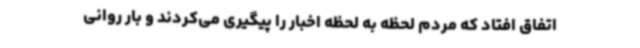
اتفاق افتاد که مردم لحظه به لحظه اخبار را پیگیری می‌کردند و بار روانی